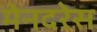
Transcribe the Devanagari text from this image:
मेनदरेस